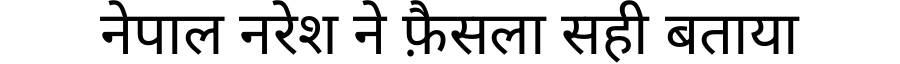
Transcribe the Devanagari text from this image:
नेपाल नरेश ने फ़ैसला सही बताया